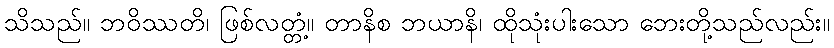
သိသည်။ ဘဝိဿတိ၊ ဖြစ်လတ္တံ့။ တာနိစ ဘယာနိ၊ ထိုသုံးပါးသော ဘေးတို့သည်လည်း။